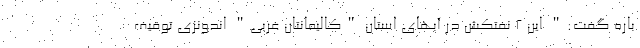
باره گفت:" این 2 نفتکش در آبهای استان "کالیمانتان غربی" اندونزی توقیف